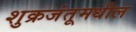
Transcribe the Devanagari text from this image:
शुक्रजंतूमधील